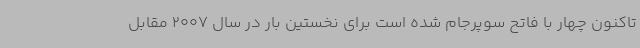
تاکنون چهار با فاتح سوپرجام شده است برای نخستین بار در سال 2007 مقابل